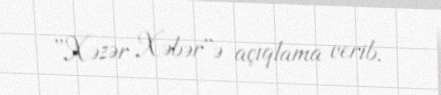
''Xəzər Xəbər''ə açıqlama verib.